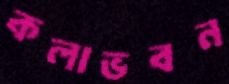
কলাভবন